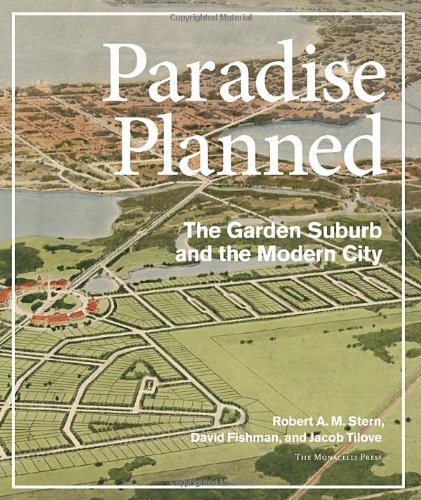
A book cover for Paradise Planned: The Garden Suburb and the Modern City; Robert A. M. Stern; Arts & Photography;